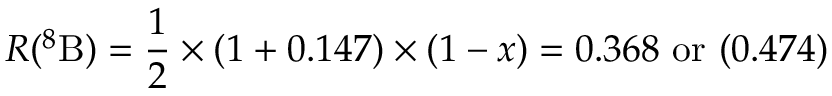
R ( ^ { 8 } \mathrm { B } ) = { \frac { 1 } { 2 } } \times ( 1 + 0 . 1 4 7 ) \times ( 1 - x ) = 0 . 3 6 8 \ \mathrm { o r } \ ( 0 . 4 7 4 )